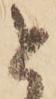
と